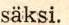
säksi.